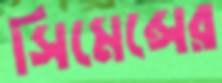
সিমেন্সের